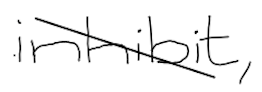
Text: inhibit,
Cross-out: diagonal
Writing tool: digital_black